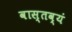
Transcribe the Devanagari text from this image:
वास्तव्यं